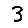
Digit: 3